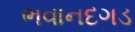
ભવાનદગડ